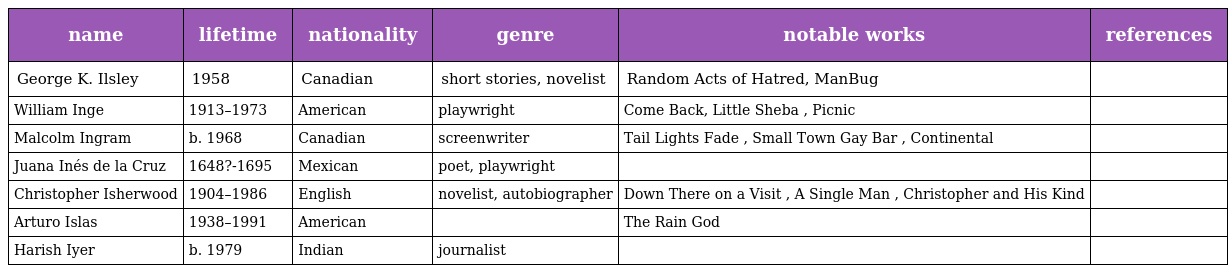
| name | lifetime | nationality | genre | notable works | references |
 | --- | --- | --- | --- | --- | --- |
 | George K. Ilsley | 1958 | Canadian | short stories, novelist | Random Acts of Hatred, ManBug |  |
 | William Inge | 1913–1973 | American | playwright | Come Back, Little Sheba , Picnic |  |
 | Malcolm Ingram | b. 1968 | Canadian | screenwriter | Tail Lights Fade , Small Town Gay Bar , Continental |  |
 | Juana Inés de la Cruz | 1648?-1695 | Mexican | poet, playwright |  |  |
 | Christopher Isherwood | 1904–1986 | English | novelist, autobiographer | Down There on a Visit , A Single Man , Christopher and His Kind |  |
 | Arturo Islas | 1938–1991 | American |  | The Rain God |  |
 | Harish Iyer | b. 1979 | Indian | journalist |  |  |